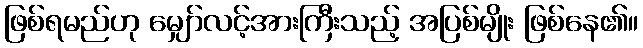
ဖြစ်ရမည်ဟု မျှော်လင့်အားကြီးသည့် အပြစ်မျိုး ဖြစ်နေ၏။